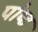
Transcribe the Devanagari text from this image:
पोष्‍ट